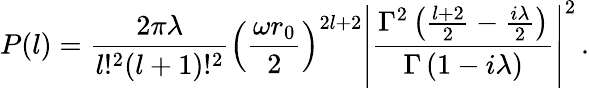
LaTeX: P(l)=\frac{2\pi\lambda}{l!^{2}(l+1)!^{2}}\left(\frac{\omega r_{0}}{2}\right)^{2l+2}\left|\frac{\Gamma^{2}\left(\frac{l+2}{2}-\frac{i\lambda}{2}\right)}{\Gamma\left(1-i\lambda\right)}\right|^{2}\, .